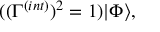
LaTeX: ( ( \Gamma ^ { ( i n t ) } ) ^ { 2 } = 1 ) | \Phi \rangle ,